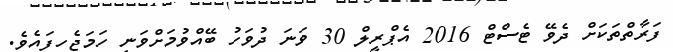
ފަރާތްތަކަށް ދެވޭ ޓެސްޓް 2016 އެޕްރީލް 30 ވަނަ ދުވަހު ބޭއްވުމަށްވަނީ ހަމަޖެހިފައެވެ.